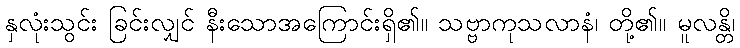
နှလုံးသွင်း ခြင်းလျှင် နီးသောအကြောင်းရှိ၏။ သဗ္ဗာကုသလာနံ၊ တို့၏။ မူလန္တိ၊